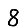
Digit: 8